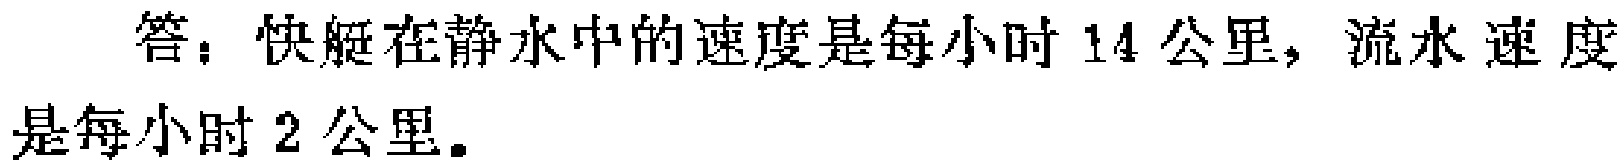
答：快艇在静水中的速度是每小时$14$公里，流水速度是每小时$2$公里。